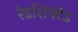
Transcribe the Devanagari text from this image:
रेडशिफ्टेड